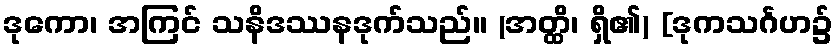
ဒုကော၊ အကြင် သနိဒဿနဒုက်သည်။ (အတ္ထိ၊ ရှိ၏) [ဒုကသင်္ဂဟ၌